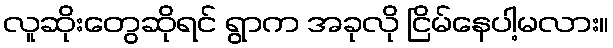
လူဆိုးတွေဆိုရင် ရွာက အခုလို ငြိမ်နေပါ့မလား။